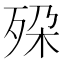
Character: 𬆔